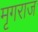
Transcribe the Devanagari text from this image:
मृगराज